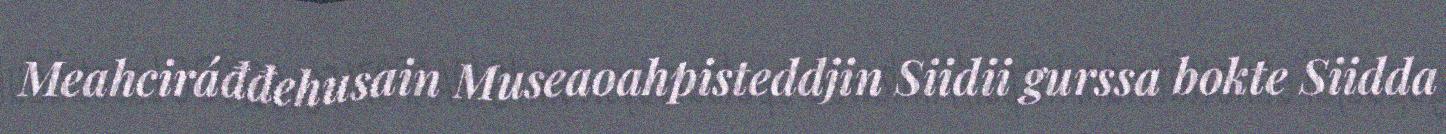
Meahciráđđehusain Museaoahpisteddjin Siidii gurssa bokte Siidda